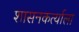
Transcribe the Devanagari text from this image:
शासनकर्त्याला